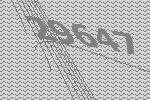
29647